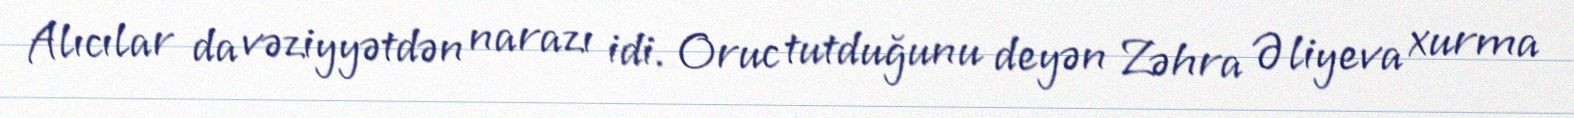
Alıcılar da vəziyyətdən narazı idi. Oruc tutduğunu deyən Zəhra Əliyeva xurma